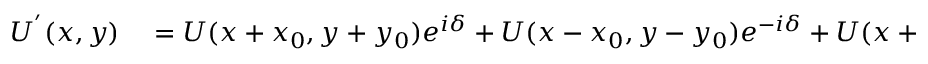
\begin{array} { r l } { U ^ { ^ { \prime } } ( x , y ) } & { { } = U ( x + x _ { 0 } , y + y _ { 0 } ) e ^ { i \delta } + U ( x - x _ { 0 } , y - y _ { 0 } ) e ^ { - i \delta } + U ( x + x _ { 0 } , y - y _ { 0 } ) } \end{array} ,